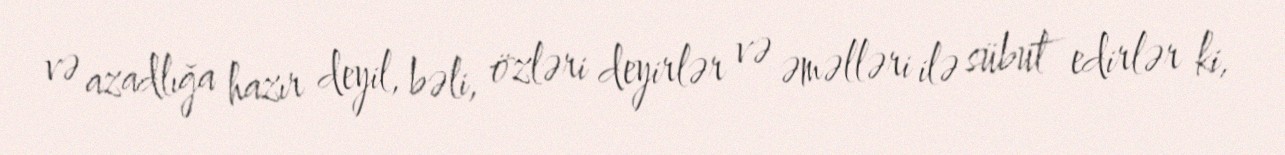
və azadlığa hazır deyil, bəli, özləri deyirlər və əməlləri ilə sübut edirlər ki,